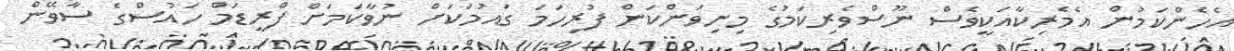
އެހެންކަމުން އެމެރިކާއަކީވެސް ނޫސްވެރިކަމުގެ މިނިވަންކަން ފުރިހަމަ ގައުމަކަށް ނުވާކަމަށް ފްރީޑަމް ހައުސްގެ ސާވޭން